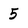
Character: 5